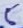
Text: 5